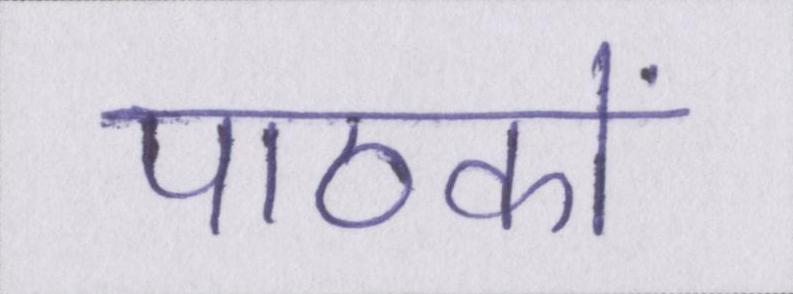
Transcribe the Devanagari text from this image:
पाठकों